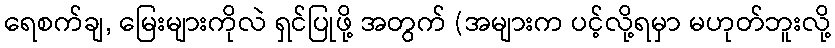
ရေစက်ချ, မြေးများကိုလဲ ရှင်ပြုဖို့ အတွက် (အများက ပင့်လို့ရမှာ မဟုတ်ဘူးလို့